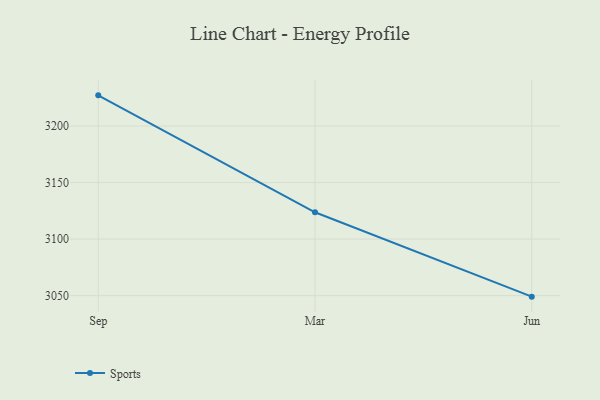
{"axis": {"x": "Month", "y": "Shipments"}, "legend": ["Sports"], "data": [{"x": "Sep", "y": 3227.1, "type": "Sports"}, {"x": "Mar", "y": 3123.7, "type": "Sports"}, {"x": "Jun", "y": 3049.1, "type": "Sports"}]}